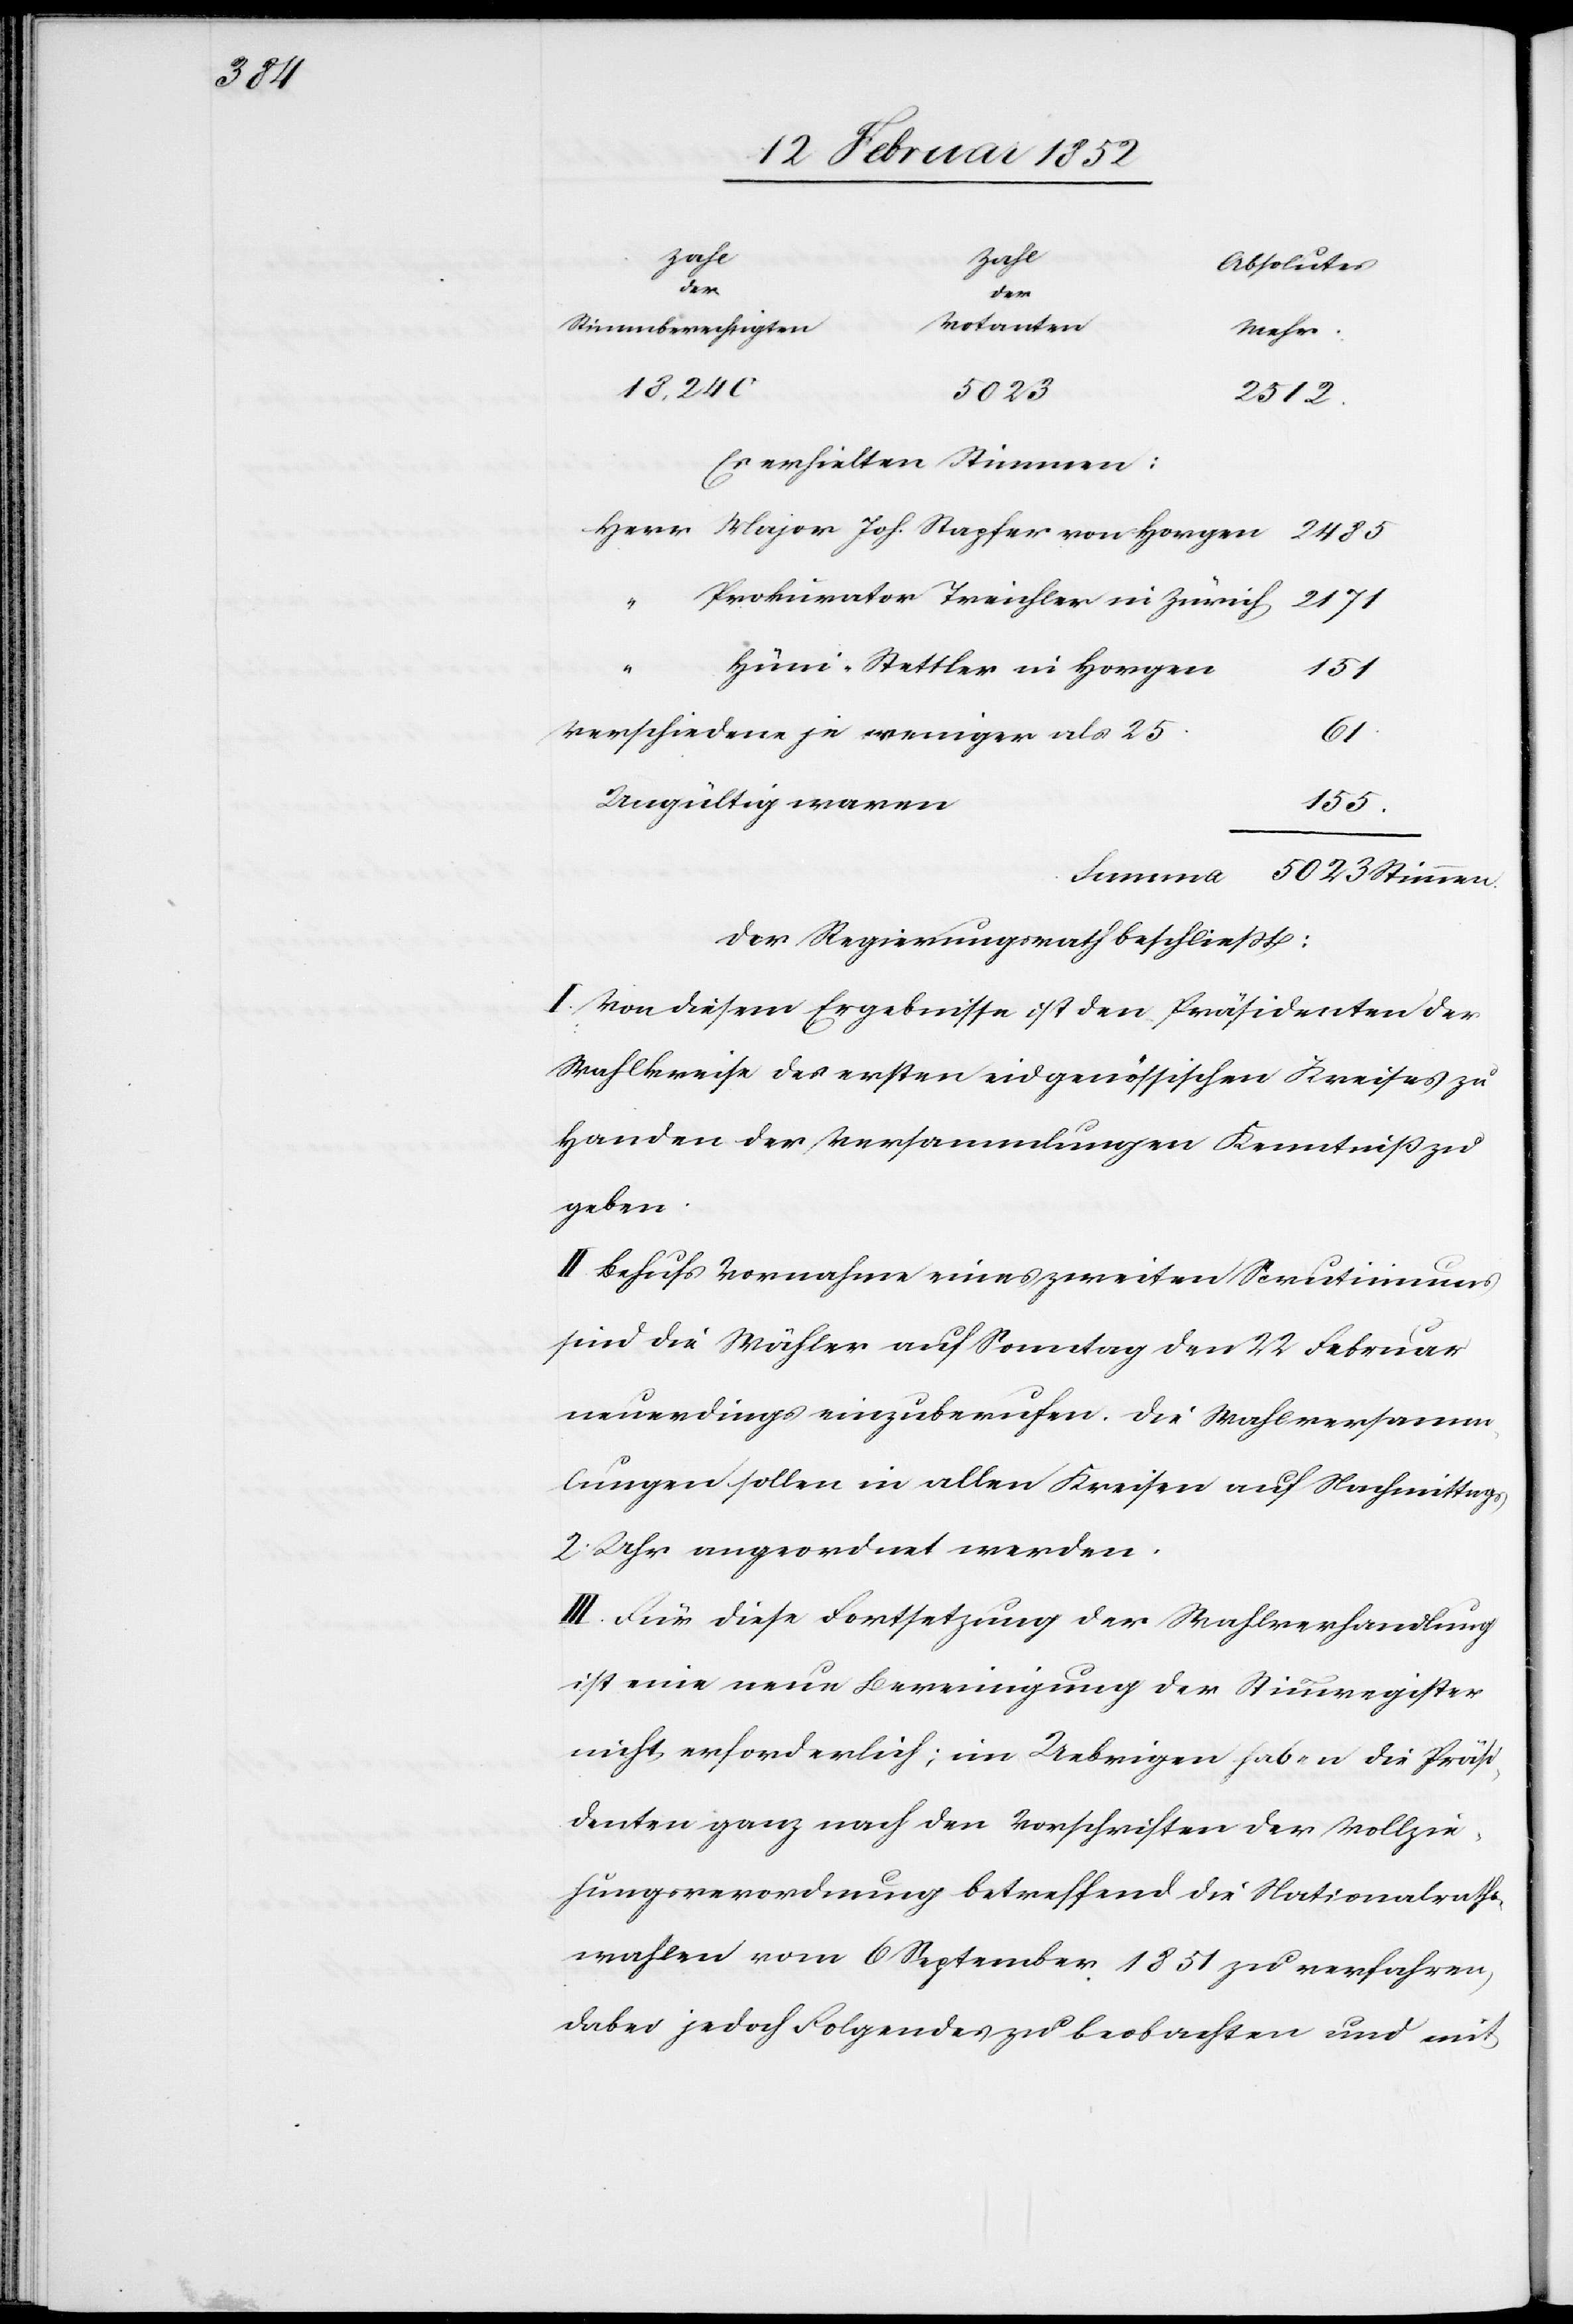
Zahl
Absolutes
Herr
der
Votanten
von
Stimmberechtigten
Mehr
18,240
5023
2512
Es erhielten Stimmen:
2485
Prokurator Treichler in Zürich
2171
Hüni-Stettler in Horgen
155
Verschiedene je weniger als 25.
61
Ungültig waren
Der Regierungsrath beschließt:
I. Von diesem Ergebnisse ist den Präsidenten der
Wahlkreise des ersten eidgenössischen Kreises zu
Handen der Versammlungen Kenntniß zu
geben.
II. Behufs Vornahme eines zweiten Scrutiniums
sind die Wähler auf Samstag den 22 Februar
neuerdings einzuberufen. Die Wahlversamm¬
lungen sollen in allen Kreisen auf Nachmittags
2 Uhr angeordnet werden.
III. Für diese Fortsetzung der Wahlverhandlung
ist eine neue Bereinigung der Stimmregister
nicht erforderlich; im Uebrigen haben die Präsi¬
denten ganz nach den Vorschriften der Vollzie¬
hungsverordnung betreffend die Nationalraths¬
wahlen vom 6 September 1851 verfahren,
dabei jedoch Folgendes zu beobachten und mit